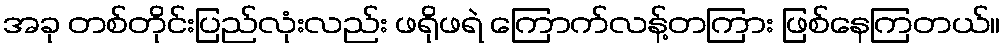
အခု တစ်တိုင်းပြည်လုံးလည်း ဖရိုဖရဲ ကြောက်လန့်တကြား ဖြစ်နေကြတယ်။